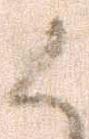
候